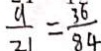
\frac { 9 } { 7 1 } = \frac { 3 6 } { 8 4 }